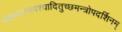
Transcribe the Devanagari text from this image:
मोहमारणवश्यादितुच्छमन्त्रोपदर्शिनम्